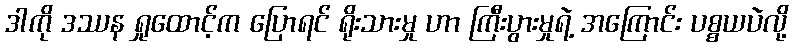
ဒါကို ဒဿန ရှုထောင့်က ပြောရင် ရိုးသားမှု ဟာ ကြီးပွားမှုရဲ့ အကြောင်း ပစ္စယပဲလို့